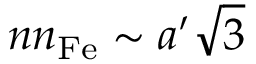
n n _ { \mathrm { F e } } \sim { a ^ { \prime } \sqrt { 3 } }